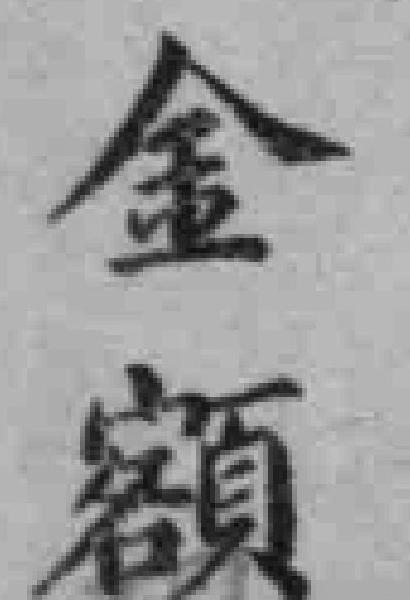
金额